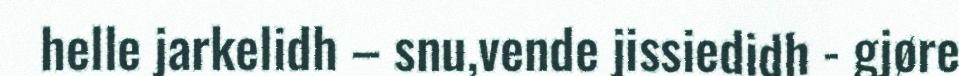
helle jarkelidh – snu,vende jissiedidh - gjøre